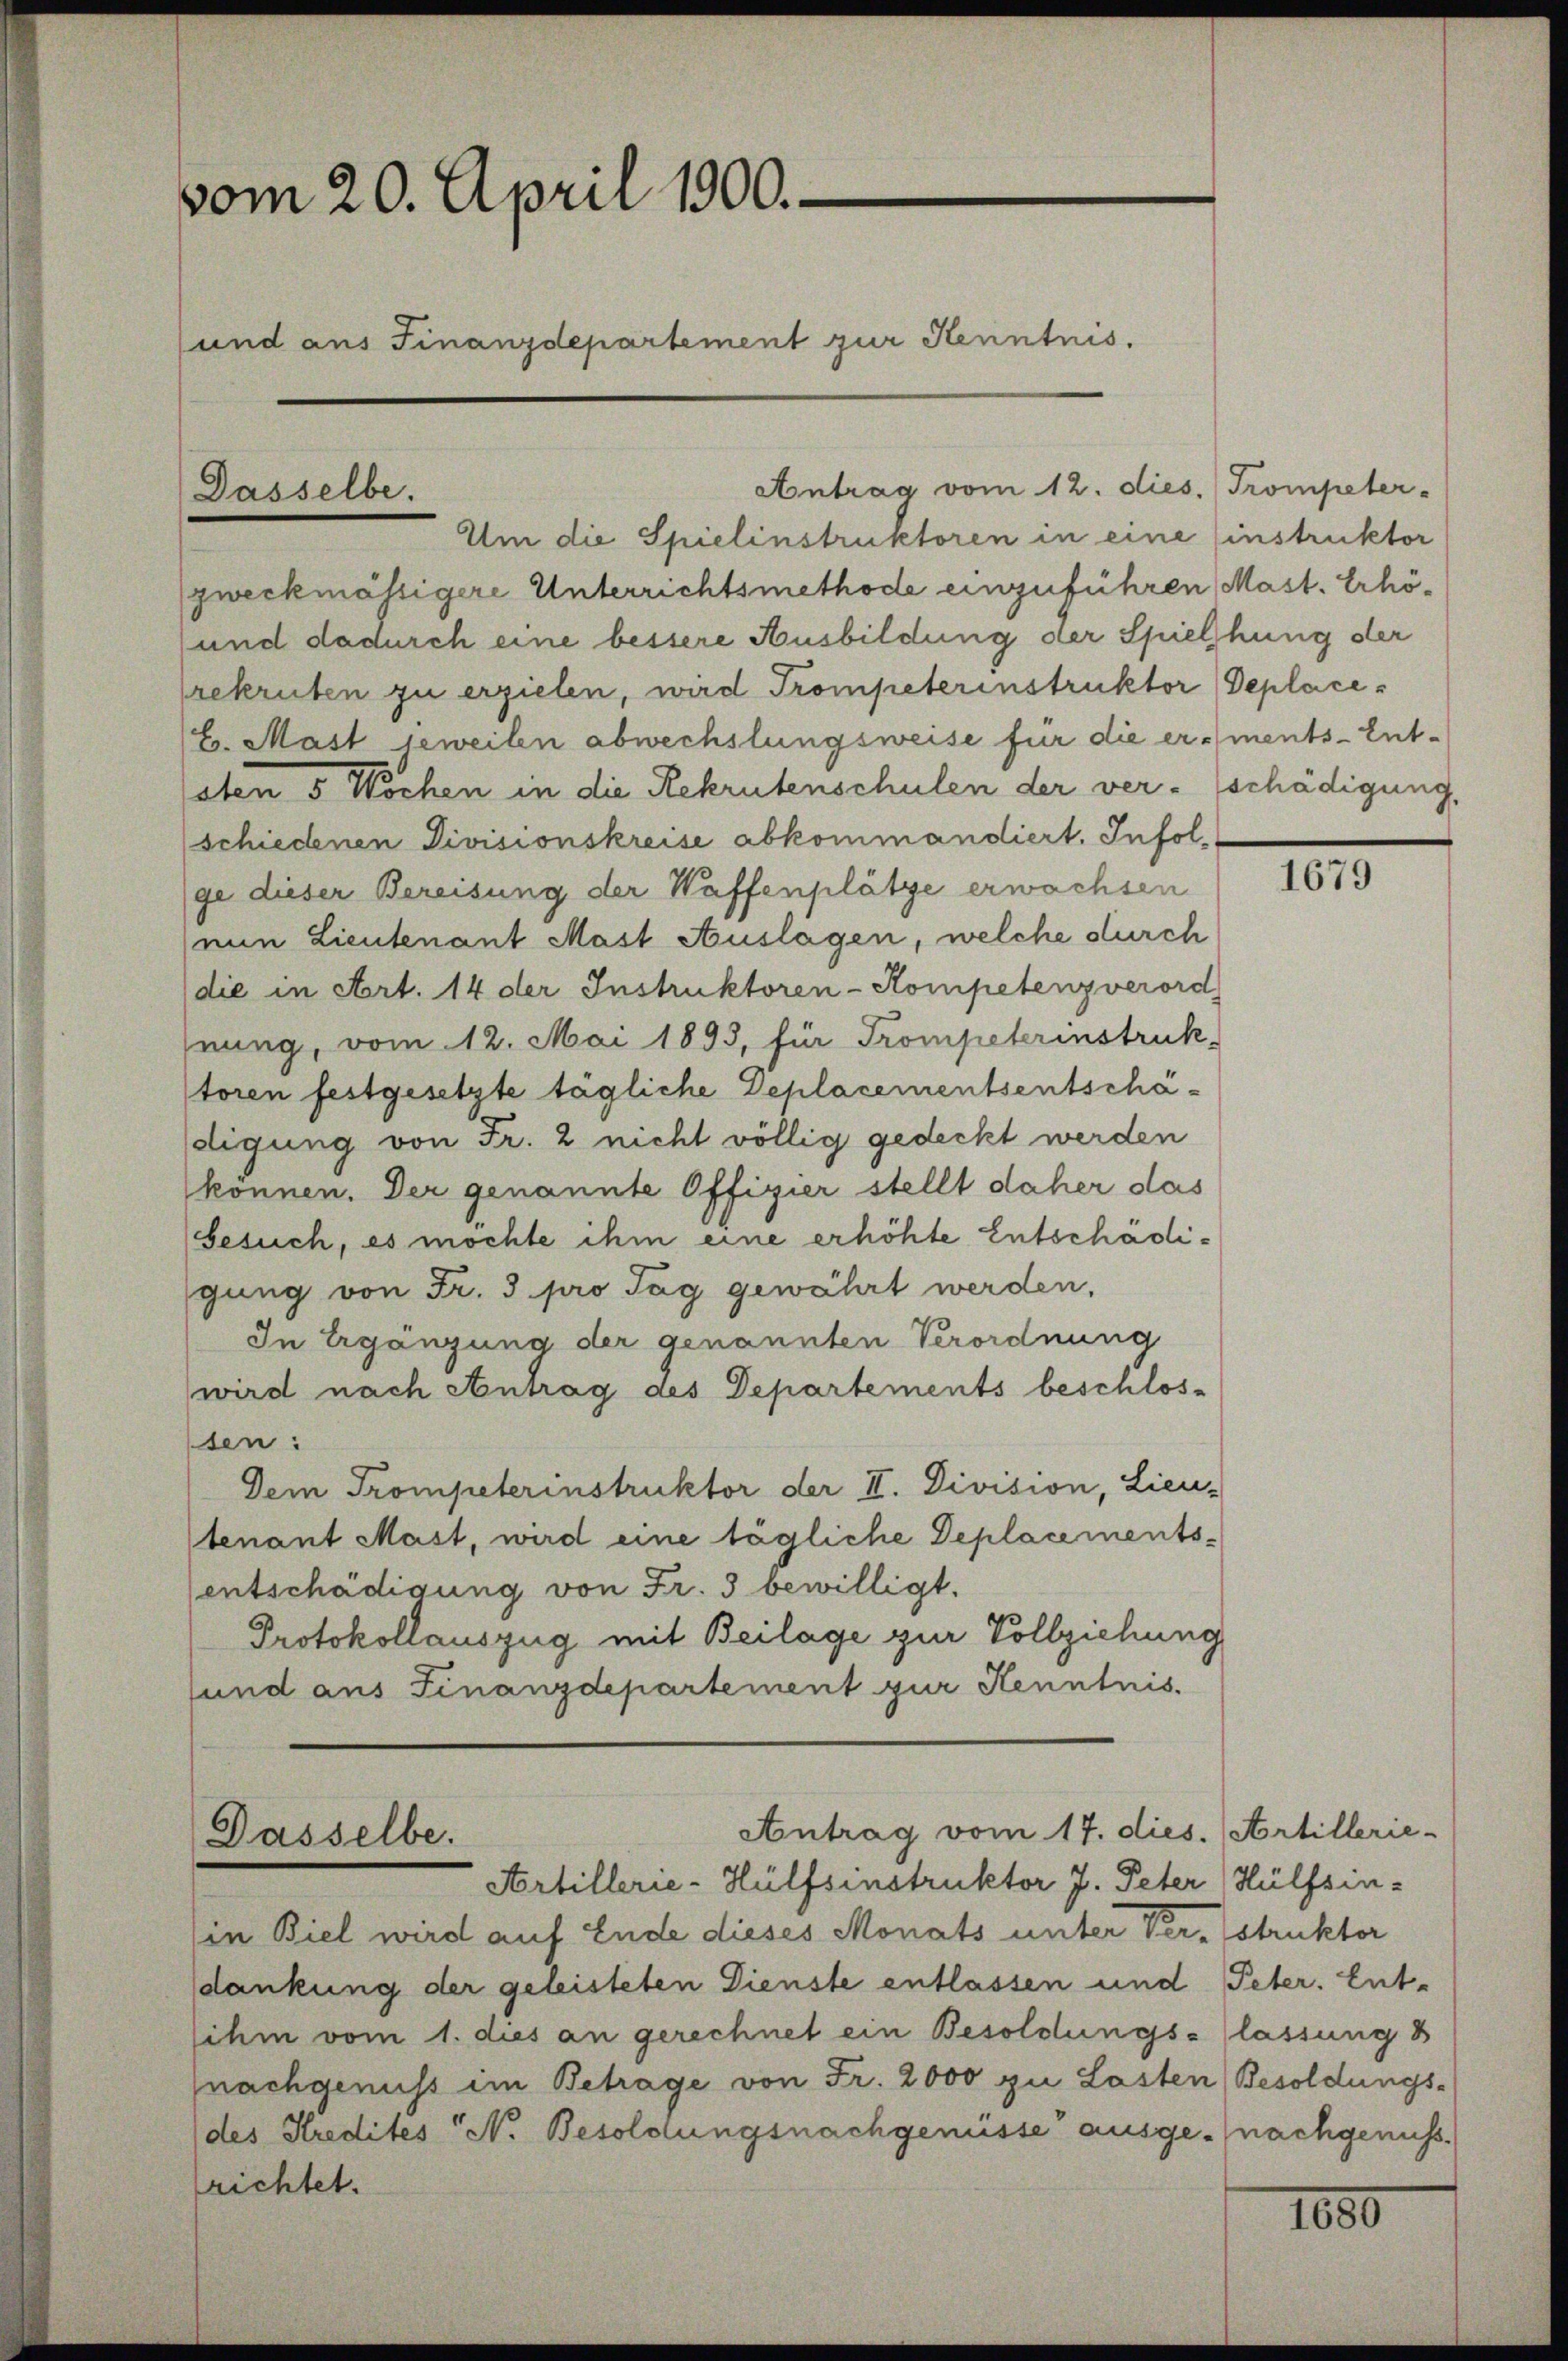
vom 20. April 1900.
und aus Finanzdepartement zur Kenntnis.

Dasselbe.

Antrag vom 12. dies. Trompeter-

Um die Spielinstruktoren in eine Einstruktor
zweckmässigere Unterrichtsmethode einzuführen Mast. Erhö¬
und dadurch eine bessere Ausbildung der Spielhung der
rekruten zu erzielen, wird Trompeterinstruktor Deplace¬
H. Mast jeweilen abwechslungsweise für die er ments-Entsten 5 Wochen in die Rekrutenschulen der ver-Eschädigung,
schiedenen Divisionskreise abkommandiert. Infolge dieser Bereisung der Waffenplätze erwachsen
nin Lieutenant Mast Auslagen, welche durch
die in Art. 14 der Instruktoren-Kompetenz verord
nung, vom 12. Mai 1893, für Trompeterinstruk-
toren festgesetzte tägliche Deplacementsentschädigung von Fr. 2 nicht völlig gedeckt werden
können. Der genannte Offizier stellt daher das
besuch, es möchte ihm eine erhöhte Entschädigung von Fr. 3 pro Tag gewährt werden,
In Ergängung der genannten Verordnung
wird nach Antrag des Departements beschlos-
sen:
Dem Trompeterinstruktor der II. Division, Lieu-
tenant Mast, wird eine tägliche Deplacementsentschädigung von Fr. 3 bewilligt.
Protokollauszug mit Beilage zur Vollziehung
sund aus Finanzdepartement zur Kenntnis.

Antrag vom 17. dies. Artillerie-
Dasselbe.

Artillerie-Hülfsinstruktor J. Peter Hülfsin¬
(in Biel wird auf Ende dieses Monats unter Verstruktor
dankung der geleisteten Dienste entlassen und Peter. Entsihm vom 1. dies an gerechnet ein Besoldungs- lassung 3
nachgenuss im Betrage von Fr. 2000 zu Lasten Besoldungs-
(des Kredites No. Besoldungsnachgenüsse ausge-nachgenuss.
richtet.

1679

1680